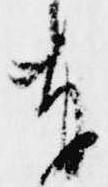
奉